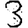
Digit: 3